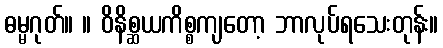
ဓမ္မဂုတ်။ ။ ဝိနိစ္ဆယကိစ္စကျတော့ ဘာလုပ်ရသေးတုန်း။